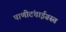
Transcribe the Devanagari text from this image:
पाणीटंचाईग्रस्त